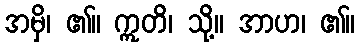
အမှိ၊ ၏။ ဣတိ၊ သို့။ အာဟ၊ ၏။